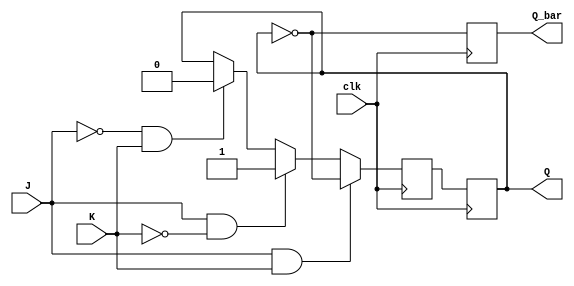
module neg_edge_jk_ff (
    input wire J,
    input wire K,
    input wire clk,
    output reg Q,
    output reg Q_bar
);

reg Q_next;

always @(negedge clk) begin
    if (J && K) begin
        Q_next <= ~Q;
    end else if (J && !K) begin
        Q_next <= 1;
    end else if (!J && K) begin
        Q_next <= 0;
    end else begin
        Q_next <= Q;
    end
end

always @(posedge clk) begin
    Q <= Q_next;
    Q_bar <= ~Q;
end

endmodule